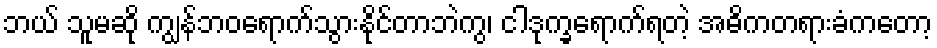
ဘယ် သူမဆို ကျွန်ဘဝရောက်သွားနိုင်တာဘဲကွ၊ ငါဒုက္ခရောက်ရတဲ့ အဓိကတရားခံကတော့